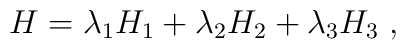
H = \lambda_1H_1 + \lambda_2H_2 + \lambda_3H_3 \; ,